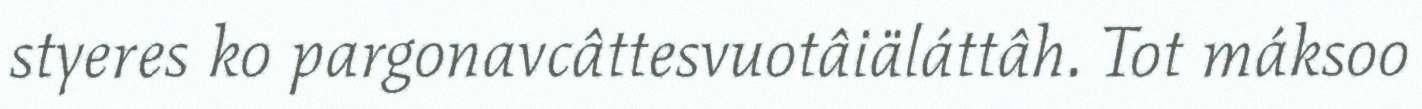
styeres ko pargonavcâttesvuotâiäláttâh. Tot máksoo